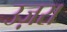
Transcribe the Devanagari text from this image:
उज़रा